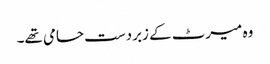
وہ میرٹ کے زبردست حامی تھے۔